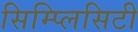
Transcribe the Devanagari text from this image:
सिम्प्लिसिटी